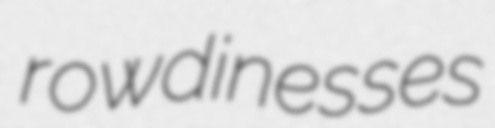
rowdinesses